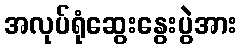
အလုပ်ရုံဆွေးနွေးပွဲအား